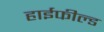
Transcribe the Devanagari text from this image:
हाईफील्ड